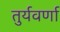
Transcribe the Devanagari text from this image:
तुर्यवर्णा